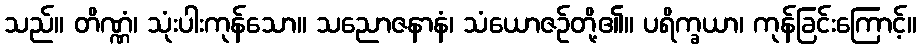
သည်။ တိဏ္ဏံ၊ သုံးပါးကုန်သော။ သညောဇနာနံ၊ သံယောဇဉ်တို့၏။ ပရိက္ခယာ၊ ကုန်ခြင်းကြောင့်။